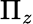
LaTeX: \Pi_{z}